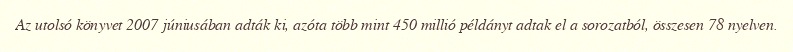
Az utolsó könyvet 2007 júniusában adták ki, azóta több mint 450 millió példányt adtak el a sorozatból, összesen 78 nyelven.